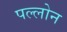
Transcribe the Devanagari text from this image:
पल्लोन